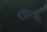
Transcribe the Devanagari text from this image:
बज्रबाराही